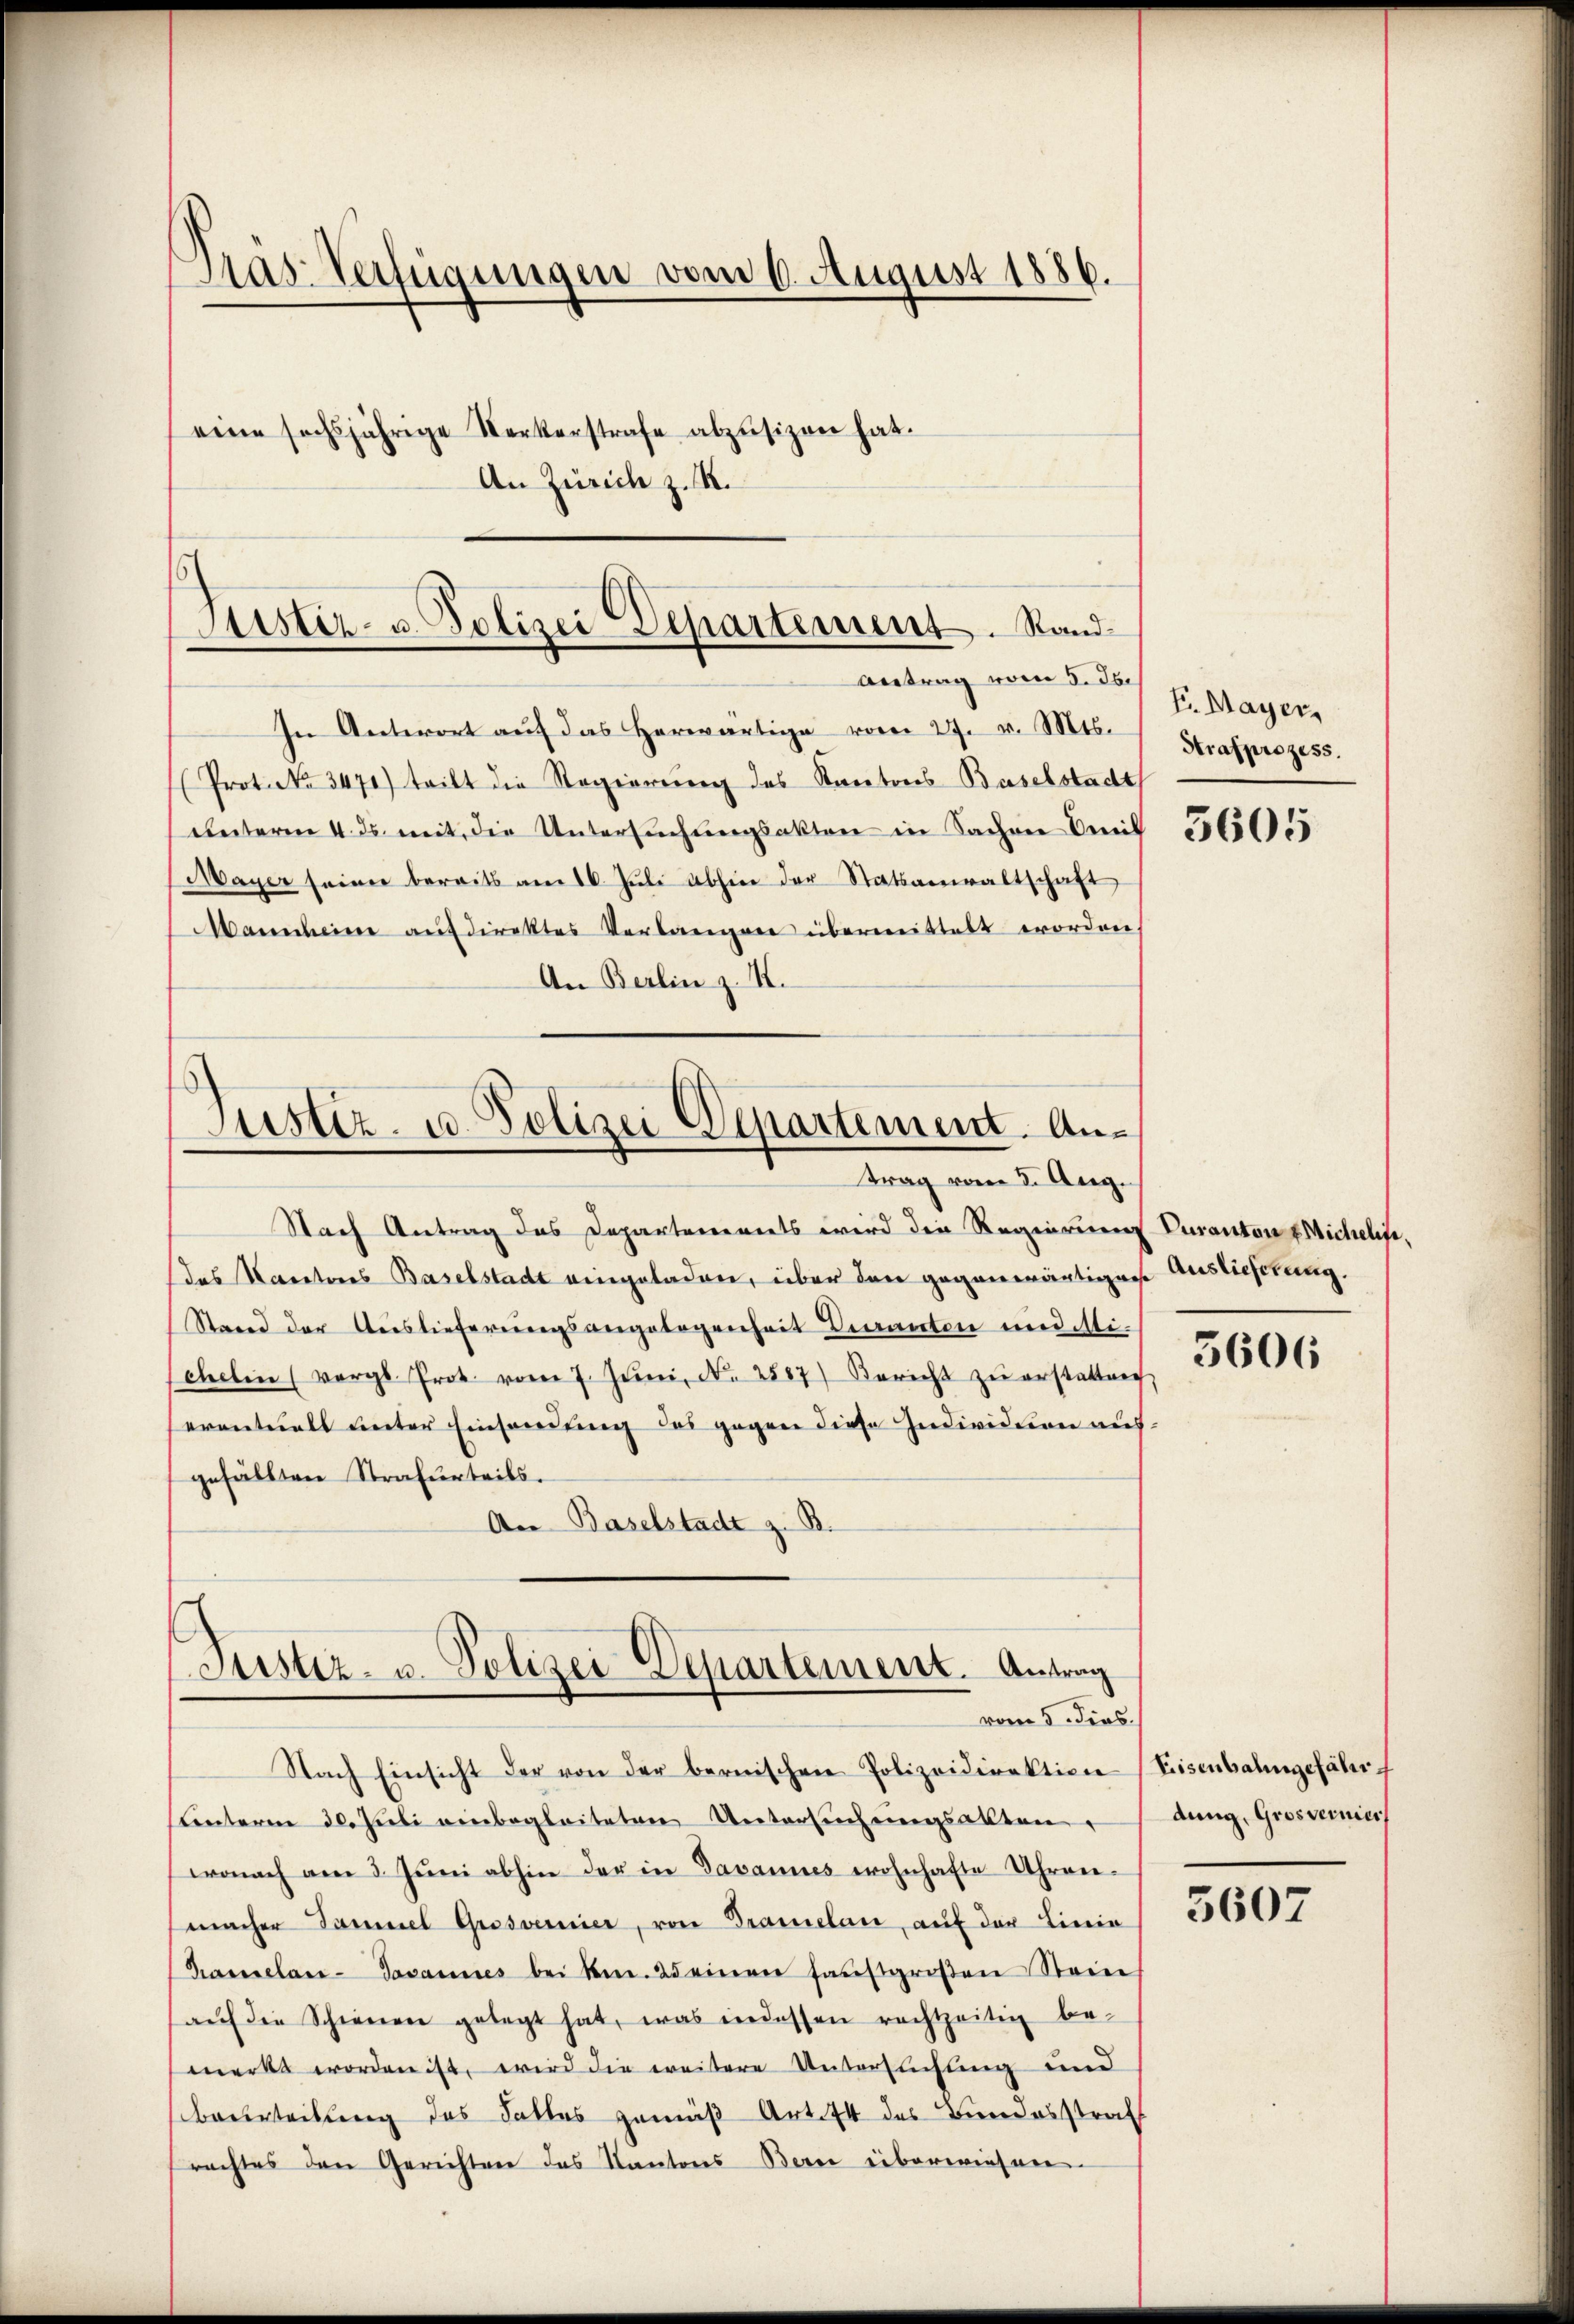
Pras-Verfügungen vom 6. August 1886.
eine sechsjährige Kerkerstrafe abzŭsizen hat.
An Zürich z. B.

Justiz- u. Polizei Departement. Stand
Antrag vom 5. d.

In Antwort aŭf das herwärtige vom 27. v. Mts.
Prot. No 3471) tritt die Regierung des Kantons Baselstadt
unterm 4. ds. mit die Untersuchungsakten in Sachen mit
Mayer seiner bereits am 16. Jŭli abhin der Statsanwaltschaft
Manscheine aŭf direktes Verlangen übermittelt worden,
An Berlin z. K.

Justiz- u. Polizei Departement. Antrag vom 3. Aug.

Nach Antrag des Departenereits wird die Regierung Curanton Michelfe,
das Nanetors Baselstadt eingeladen, über den gegenwärtigen Auslieferung.
Stand der Auslieferungsangelegenheit Beanten und Michelin (vergl. Prot. vom 7. Jŭni N. 2887) Bericht zŭ erstatten,
eventuell unter Einsendung des gegen diese Individuen ausgefällten Strafurteils.
An Baselstadt z. B.

Justiz- u. Polizei Departement. Antrag
vom 5. dies

Nach Einsicht der von der bernischen Polizeidirektion (Eisenbahngefähr
Lnterm 30. Juli einbegleiteten Untersuchungsabten
wonach am 3. Jŭni abhin der in Javannes wohnhafte Uhren-
macher Sammel Grosvermier, von Dramelan, auf der Linie
Kamelan-Javannes bei kn. 25 einen haŭsgroβen Steine
aŭf die Schienen gelegt hat, was indessen rechtzeitig be-
merkt worden ist, wird die weitere Untersuchung und
beurteilung des Falles gemäß Art. 74 des Bundesstraf
rachtes den Gerichten das Kantons Bern eiberwiesen

F. Mayer,
Strafprozess.

3605

5606

dung, Grosvernies

5607